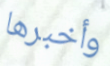
وأخبرها